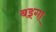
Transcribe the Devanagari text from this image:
बइगा